Report of the Indian Hemp Drugs Commission, 1894-1895 - Volume IV
Year: 1894
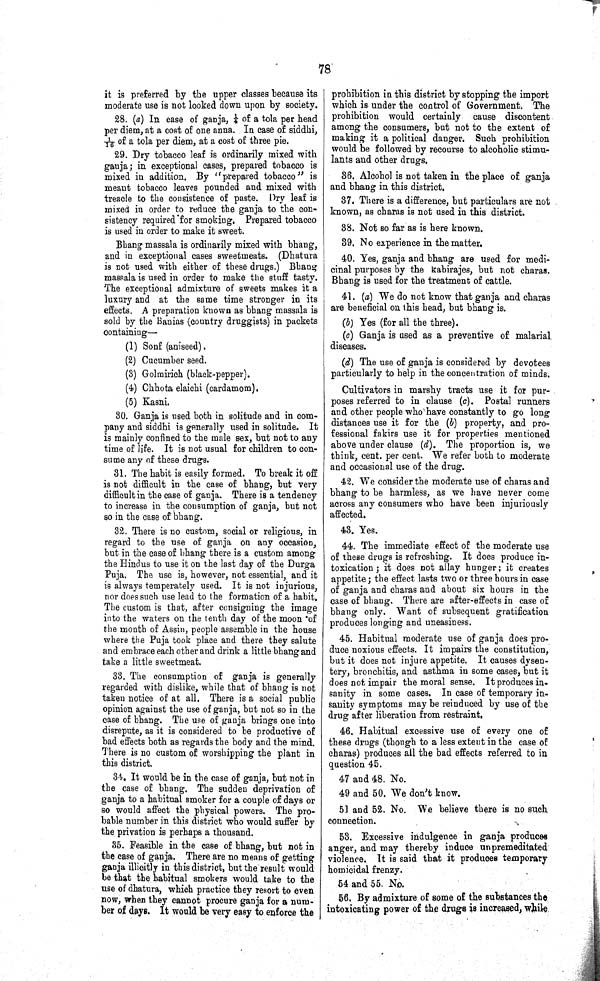
78
it is preferred by the upper classes because its
moderate use is not looked down upon by society.
28. (a) In case of ganja, 1/4 of a tola per head
per diem, at a cost of one anna. In case of siddhi,
1/16 of a tola per diem, at a cost of three pie.
29. Dry tobacco leaf is ordinarily mixed with
ganja; in exceptional cases, prepared tobacco is
mixed in addition. By "prepared tobacco" is
meant tobacco leaves pounded and mixed with
treacle to the consistence of paste. Dry leaf is
mixed in order to reduce the ganja to the con¬
sistency required for smoking. Prepared tobacco
is used in order to make it sweet.
Bhang massala is ordinarily mixed with bhang,
and in exceptional cases sweetmeats. (Dhatura
is not used with either of these drugs.) Bhang
massala is used in order to make the stuff tasty.
The exceptional admixture of sweets makes it a
luxury and at the same time stronger in its
effects. A preparation known as bhang massala is
sold by the Banias (country druggists) in packets
containing—
(1) Sonf (aniseed).
(2) Cucumber seed.
(3) Golmirich (black-pepper).
(4) Chhota elaichi (cardamom).
(5) Kasni.
30. Ganja is used both in solitude and in com¬
pany and siddhi is generally used in solitude. It
is mainly confined to the male sex, but not to any
time of life. It is not usual for children to con¬
sume any of these drugs.
31. The habit is easily formed. To break it off
is not difficult in the case of bhang, but very
difficult in the case of ganja. There is a tendency
to increase in the consumption of ganja, but not
so in the case of bhang.
32. There is no custom, social or religious, in
regard to the use of ganja on any occasion,
but in the case of bhang there is a custom among
the Hindus to use it on the last day of the Durga
Puja. The use is, however, not essential, and it
is always temperately used. It is not injurious,
nor does such use lead to the formation of a habit.
The custom is that, after consigning the image
into the waters on the tenth day of the moon of
the month of Assin, people assemble in the house
where the Puja took place and there they salute
and embrace each other and drink a little bhang and
take a little sweetmeat.
33. The consumption of ganja is generally
regarded with dislike, while that of bhang is not
taken notice of at all. There is a social public
opinion against the use of ganja, but not so in the
case of bhang. The use of ganja brings one into
disrepute, as it is considered to be productive of
bad effects both as regards the body and the mind.
There is no custom of worshipping the plant in
this district.
34. It would be in the case of ganja, but not in
the case of bhang. The sudden deprivation of
ganja to a habitual smoker for a couple of days or
so would affect the physical powers. The pro¬
bable number in this district who would suffer by
the privation is perhaps a thousand.
35. Feasible in the case of bhang, but not in
the case of ganja. There are no means of getting
ganja illicitly in this district, but the result would
be that the habitual smokers would take to the
use of dhatura, which practice they resort to even
now, when they cannot procure ganja for a num¬
ber of days. It would be very easy to enforce the
prohibition in this district by stopping the import
which is under the control of Government. The
prohibition would certainly cause discontent
among the consumers, but not to the extent of
making it a political danger. Such prohibition
would be followed by recourse to alcoholic stimu¬
lants and other drugs.
36. Alcohol is not taken in the place of ganja
and bhang in this district.
37. There is a difference, but particulars are not
known, as charas is not used in this district.
38. Not so far as is here known.
39. No experience in the matter.
40. Yes, ganja and bhang are used for medi¬
cinal purposes by the kabirajes, but not charas.
Bhang is used for the treatment of cattle.
41. (a) We do not know that ganja and charas
are beneficial on this head, but bhang is.
(b) Yes (for all the three).
(c) Ganja is used as a preventive of malarial
diseases.
(d) The use of ganja is considered by devotees
particularly to help in the concentration of minds.
Cultivators in marshy tracts use it for pur-
poses referred to in clause (c). Postal runners
and other people who have constantly to go long
distances use it for the (b) property, and pro¬
fessional fakirs use it for properties mentioned
above under clause (d). The proportion is, we
think, cent. per cent. We refer both to moderate
and occasional use of the drug.
42. We consider the moderate use of charas and
bhang to be harmless, as we have never come
across any consumers who have been injuriously
affected.
43. Yes.
44. The immediate effect of the moderate use
of these drugs is refreshing. It does produce in¬
toxication; it does not allay hunger; it creates
appetite; the effect lasts two or three hours in case
of ganja and charas and about six hours in the
case of bhang. There are after-effects in case of
bhang only. Want of subsequent gratification
produces longing and uneasiness.
45. Habitual moderate use of ganja does pro¬
duce noxious effects. It impairs the constitution,
but it does not injure appetite. It causes dysen¬
tery, bronchitis, and asthma in some cases, but it
does not impair the moral sense. It produces in¬
sanity in some cases. In case of temporary in¬
sanity symptoms may be reinduced by use of the
drug after liberation from restraint.
46. Habitual excessive use of every one of
these drugs (though to a less extent in the case of
charas) produces all the bad effects referred to in
question 45.
47 and 48. No.
49 and 50. We don't know.
51 and 52. No. We believe there is no such
connection.
53. Excessive indulgence in ganja produces
anger, and may thereby induce unpremeditated
violence. It is said that it produces temporary
homicidal frenzy.
54 and 55. No.
56. By admixture of some of the substances the
intoxicating power of the drugs is increased, while